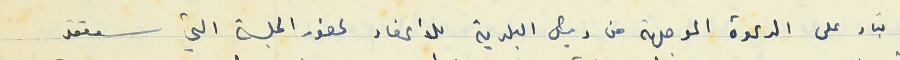
بناء على الدعوة الموجهة من رئيس البلدية للأعضاء لحضور الجلسة التي ستعقد